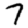
Digit: 7